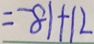
= - 8 1 + 1 2